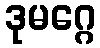
ဒုမဂ္ဂေ